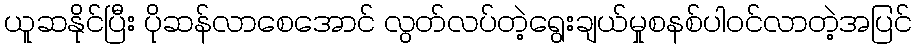
ယူဆနိုင်ပြီး ပိုဆန်လာစေအောင် လွတ်လပ်တဲ့ရွေးချယ်မှုစနစ်ပါဝင်လာတဲ့အပြင်